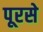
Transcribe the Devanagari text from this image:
पूरसे